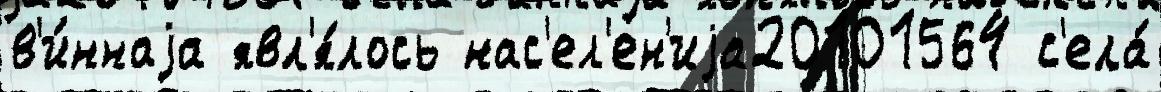
в'и́ннаjа явл'я́лось нас'ел'ен'иjа20101564 с'ела́